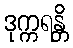
ဒုက္ကရန္တိ